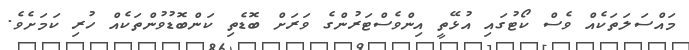
މައްސަލަތަކެއް ވެސް ކޯޓުގައި އުޅޭތީ އިންވެސްޓަރުންގެ ވަރަށް ބޮޑެތި ކަންބޮޑުވުންތަކެއް ހުރި ކަމަށެވެ.